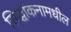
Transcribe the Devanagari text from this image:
सिद्धांकनामधील